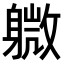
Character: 𫏭